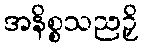
အနိစ္စသညဉှိ